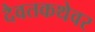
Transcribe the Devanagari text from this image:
दैवतकथेवर